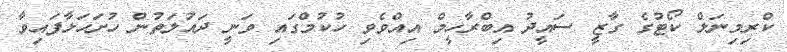
ކްރިމިނަލް ކޯޓުގެ ގާޒީ ސައީދު އިބްރާހީމް އިއްވެވި ހުކުމްގައި ވަނީ ދައުލަތުން ހުށަހަޅާފައިވާ